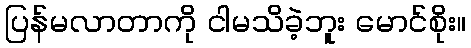
ပြန်မလာတာကို ငါမသိခဲ့ဘူး မောင်စိုး။